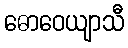
ဓောဝေယျာသီ